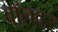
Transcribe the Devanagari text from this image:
बॉलवर